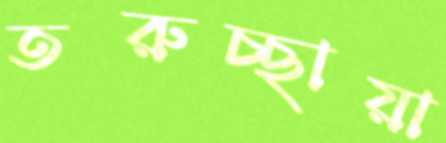
তরুচ্ছায়া